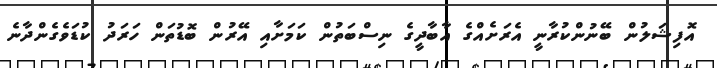
އޮފިޝަލުން ބޭނުންކުރާނީ އެރަށެއްގެ އާބާދީގެ ނިސްބަތުން ކަމަށާއި އޭރުން ބޮޑުތަން ހަރަދު ކުޑަވެގެންދާނެ